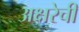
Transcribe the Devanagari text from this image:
अक्षरेची